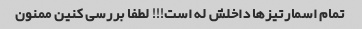
تمام اسمارتیزها داخلش له است!!! لطفا بررسی کنین ممنون